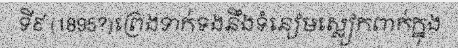
ទី៩ (1895?)ព្រេងទាក់ទងនឹងទំនៀមស្លៀកពាក់ក្នុង